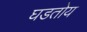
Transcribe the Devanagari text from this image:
घडतोय